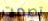
تصمت